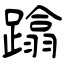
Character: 蹹